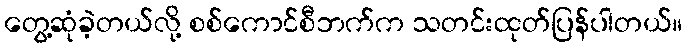
တွေ့ဆုံခဲ့တယ်လို့ စစ်ကောင်စီဘက်က သတင်းထုတ်ပြန်ပါတယ်။